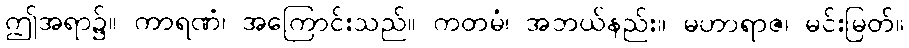
ဤအရာ၌။ ကာရဏံ၊ အကြောင်းသည်။ ကတမံ၊ အဘယ်နည်း။ မဟာရာဇ၊ မင်းမြတ်။